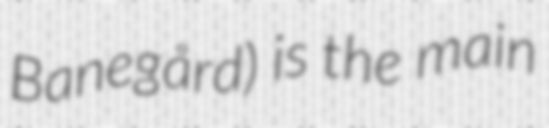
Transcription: Banegård) is the main